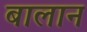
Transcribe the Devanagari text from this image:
बालान